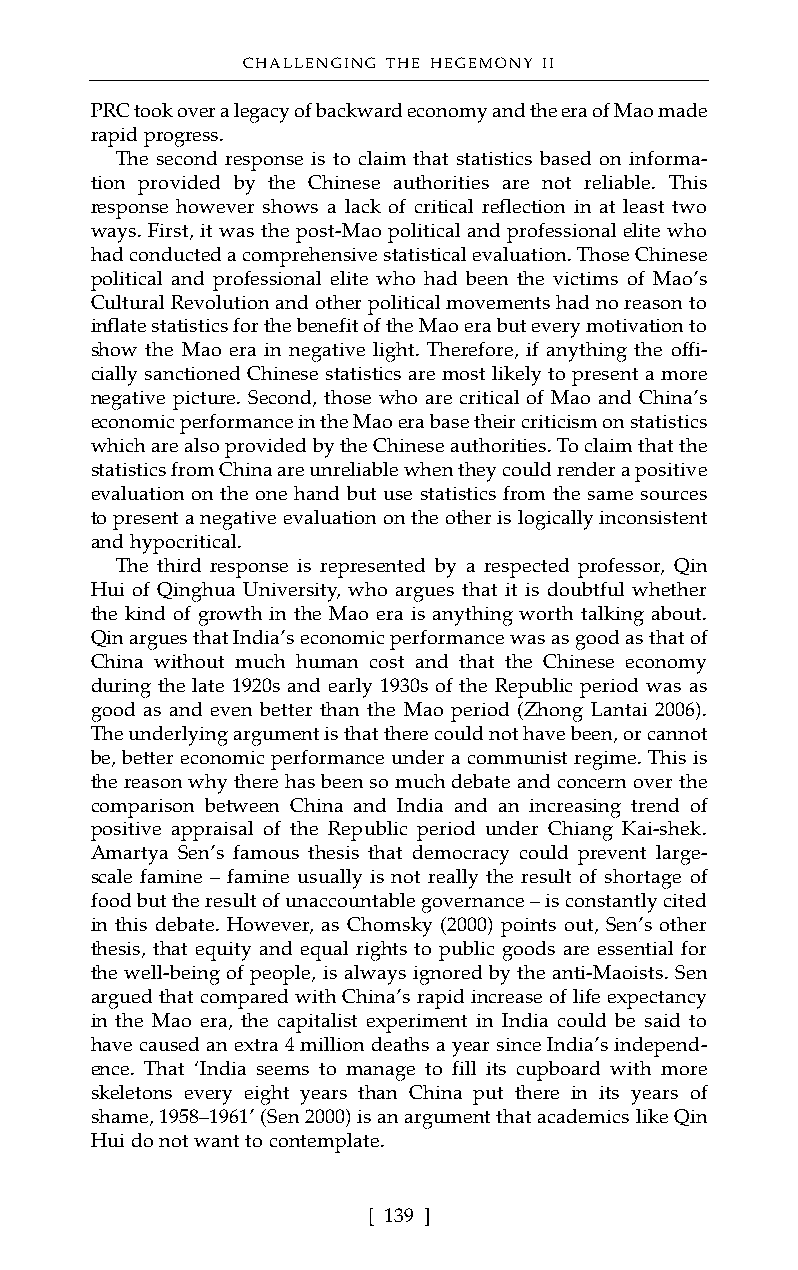
CHALLENGING THE HEGEMONY II
 PRC took over a legacy of backward economy and the era of Mao made
 rapid progress.
 The second response is to claim that statistics based on informa-
 tion provided by the Chinese authorities are not reliable. This
 response however shows a lack of critical reflection in at least two
 ways. First, it was the post-Mao political and professional elite who
 had conducted a comprehensive statistical evaluation. Those Chinese
 political and professional elite who had been the victims of Mao’s
 Cultural Revolution and other political movements had no reason to
 inflate statistics for the benefit of the Mao era but every motivation to
 show the Mao era in negative light. Therefore, if anything the offi-
 cially sanctioned Chinese statistics are most likely to present a more
 negative picture. Second, those who are critical of Mao and China’s
 economic performance in the Mao era base their criticism on statistics
 which are also provided by the Chinese authorities. To claim that the
 statistics from China are unreliable when they could render a positive
 evaluation on the one hand but use statistics from the same sources
 to present a negative evaluation on the other is logically inconsistent
 and hypocritical.
 The third response is represented by a respected professor, Qin
 Hui of Qinghua University, who argues that it is doubtful whether
 the kind of growth in the Mao era is anything worth talking about.
 Qin argues that India’s economic performance was as good as that of
 China without much human cost and that the Chinese economy
 during the late 1920s and early 1930s of the Republic period was as
 good as and even better than the Mao period (Zhong Lantai 2006).
 The underlying argument is that there could not have been, or cannot
 be, better economic performance under a communist regime. This is
 the reason why there has been so much debate and concern over the
 comparison between China and India and an increasing trend of
 positive appraisal of the Republic period under Chiang Kai-shek.
 Amartya Sen’s famous thesis that democracy could prevent large-
 scale famine – famine usually is not really the result of shortage of
 food but the result of unaccountable governance – is constantly cited
 in this debate. However, as Chomsky (2000) points out, Sen’s other
 thesis, that equity and equal rights to public goods are essential for
 the well-being of people, is always ignored by the anti-Maoists. Sen
 argued that compared with China’s rapid increase of life expectancy
 in the Mao era, the capitalist experiment in India could be said to
 have caused an extra 4 million deaths a year since India’s independ-
 ence. That ‘India seems to manage to fill its cupboard with more
 skeletons every eight years than China put there in its years of
 shame, 1958–1961’ (Sen 2000) is an argument that academics like Qin
 Hui do not want to contemplate.
 [ 139 ]